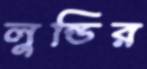
লুন্ডির